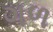
ગળ